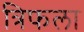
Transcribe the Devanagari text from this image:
त्रिफला